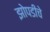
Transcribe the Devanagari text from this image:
झोपडीचे